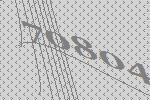
70804